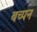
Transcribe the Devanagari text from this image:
बच्पन